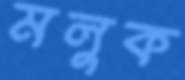
মলুক